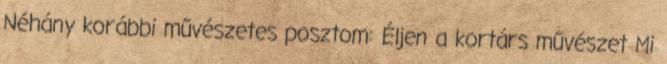
Néhány korábbi művészetes posztom: Éljen a kortárs művészet Mi